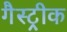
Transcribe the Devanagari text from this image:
गैस्ट्रीक